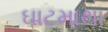
ઘાટમાથા